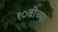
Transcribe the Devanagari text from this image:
१०वीच्या